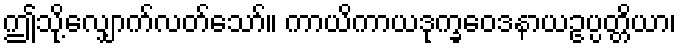
ဤသို့လျှောက်လတ်သော်။ ကာယိကာယဒုက္ခဝေဒနာယဥပ္ပတ္တိယာ၊